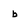
Character: b